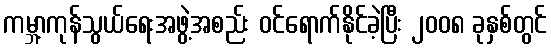
ကမ္ဘာ့ကုန်သွယ်ရေးအဖွဲ့အစည်း ဝင်ရောက်နိုင်ခဲ့ပြီး ၂၀၀၈ ခုနှစ်တွင်